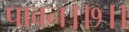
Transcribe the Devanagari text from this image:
पावन।।१।।